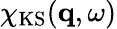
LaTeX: \chi_{\mathrm{KS}}(\mathbf{q},\omega)